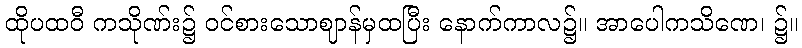
ထိုပထဝီ ကသိုဏ်း၌ ဝင်စားသောဈာန်မှထပြီး နောက်ကာလ၌။ အာပေါကသိဏေ၊ ၌။